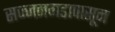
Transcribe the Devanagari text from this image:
सज्जनगडापासून